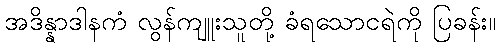
အဒိန္နာဒါနကံ လွန်ကျူးသူတို့ ခံရသောငရဲကို ပြခန်း။